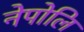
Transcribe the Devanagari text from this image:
नेपोलि